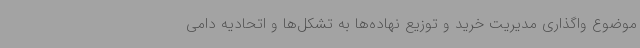
موضوع واگذاری مدیریت خرید و توزیع نهاده‌ها به تشکل‌ها و اتحادیه دامی